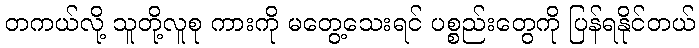
တကယ်လို့ သူတို့လူစု ကားကို မတွေ့သေးရင် ပစ္စည်းတွေကို ပြန်ရနိုင်တယ်